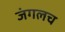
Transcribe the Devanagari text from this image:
जंगलच